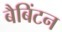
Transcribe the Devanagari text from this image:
बैबिंटन